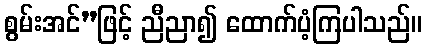
စွမ်းအင်”ဖြင့် ညီညာ၍ ထောက်ပံ့ကြပါသည်။